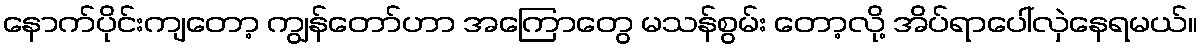
နောက်ပိုင်းကျတော့ ကျွန်တော်ဟာ အကြောတွေ မသန်စွမ်း တော့လို့ အိပ်ရာပေါ်လှဲနေရမယ်။